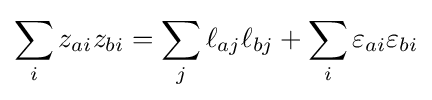
\sum _{i}z_{ai}z_{bi}=\sum _{j}\ell _{aj}\ell _{bj}+\sum _{i}\varepsilon _{ai}\varepsilon _{bi}